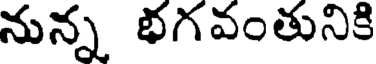
నున్న భగవంతునికి